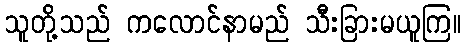
သူတို့သည် ကလောင်နာမည် သီးခြားမယူကြ။